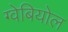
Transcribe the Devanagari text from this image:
ग्वेबियोल